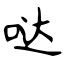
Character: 哒